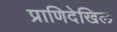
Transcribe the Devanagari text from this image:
प्राणिदेखिल